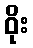
ဝိုး